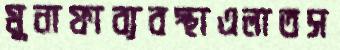
মুনাফাব্যবস্থাএলাতস